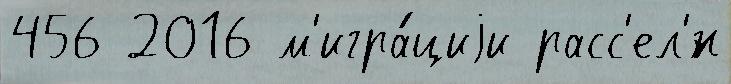
456 2016 м'игра́циjи расс'ел'́н